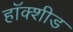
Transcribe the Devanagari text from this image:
हॉक्शीड